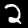
Label: 2